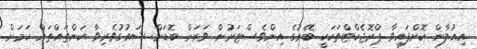
އިއުލާން ކޮށްފައިވާ ޕްރޮޖެކްޓްތަކަކީ ބޭރުގެ އިންވެސްޓަރުން ވަރަށް ބޮޑަށް ޝައުގުވެރިވާ ކަންތައްތައް ކަމަށް